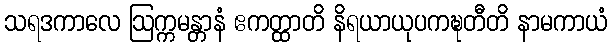
သရဒကာလေ ဩက္ကမန္တာနံ ဧကတ္ထာတိ နိရယာယုပကဍ္ဎတီတိ နာမကာယံ